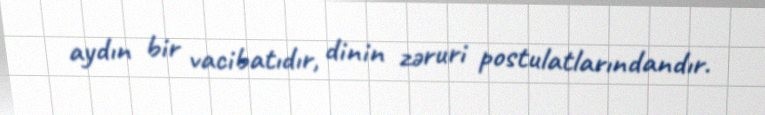
aydın bir vacibatıdır, dinin zəruri postulatlarındandır.